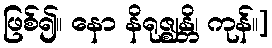
ဖြစ်၍။ နော နိရုဇ္ဈန္တိ၊ ကုန်။]